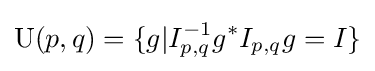
\mathrm {U} (p,q)=\{g|I_{p,q}^{-1}g^{*}I_{p,q}g=I\}